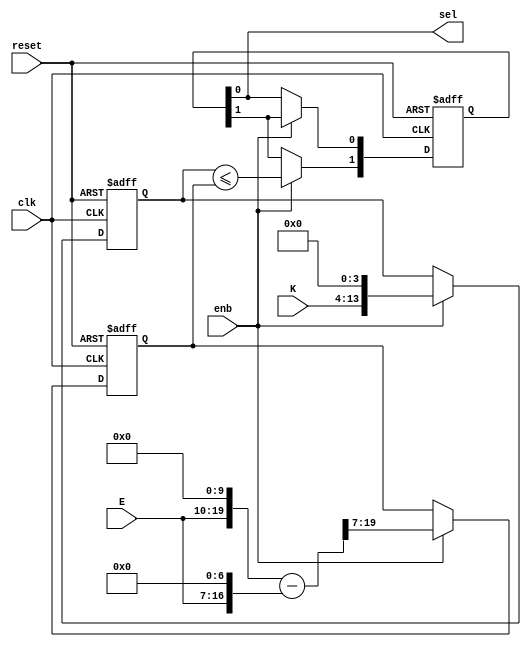
// -------------------------------------------------------------
// 
// 
// Generated by MATLAB 9.8 and HDL Coder 3.16
// 
// -------------------------------------------------------------


// -------------------------------------------------------------
// 
// Module: alpha16
// Source Path: NRPolarEncodeHDL/HDL Algorithm/NR Polar Encoder/configure/shortPunc/K//E<=7//16
// Hierarchy Level: 4
// 
// -------------------------------------------------------------

`timescale 1 ns / 1 ns

module alpha16
          (clk,
           reset,
           enb,
           K,
           E,
           sel);


  input   clk;
  input   reset;
  input   enb;
  input   [9:0] K;  // ufix10
  input   [9:0] E;  // ufix10
  output  sel;


  wire [19:0] Multiply_cast;  // ufix20_En5
  wire [13:0] Multiply_out1;  // ufix14
  reg [13:0] Delay_out1;  // ufix14
  wire [19:0] Multiply1_mul_temp;  // ufix20_En7
  wire [19:0] Multiply1_1;  // ufix20
  wire [12:0] Multiply1_out1;  // ufix13
  reg [12:0] Delay1_out1;  // ufix13
  wire [13:0] Equal_1_1;  // ufix14
  wire Equal_relop1;
  reg  [0:1] Delay2_reg;  // ufix1 [2]
  wire [0:1] Delay2_reg_next;  // ufix1 [2]
  wire Delay2_out1;


  assign Multiply_cast = {1'b0, {K, 9'b000000000}};
  assign Multiply_out1 = Multiply_cast[18:5];



  always @(posedge clk or posedge reset)
    begin : Delay_process
      if (reset == 1'b1) begin
        Delay_out1 <= 14'b00000000000000;
      end
      else begin
        if (enb) begin
          Delay_out1 <= Multiply_out1;
        end
      end
    end



  // CSD Encoding (896) : 1001'0000000; Cost (Adders) = 1
  assign Multiply1_1 = {3'b0, {E, 7'b0000000}};
  assign Multiply1_mul_temp = {E, 10'b0000000000} - Multiply1_1;
  assign Multiply1_out1 = Multiply1_mul_temp[19:7];



  always @(posedge clk or posedge reset)
    begin : Delay1_process
      if (reset == 1'b1) begin
        Delay1_out1 <= 13'b0000000000000;
      end
      else begin
        if (enb) begin
          Delay1_out1 <= Multiply1_out1;
        end
      end
    end



  assign Equal_1_1 = {1'b0, Delay1_out1};
  assign Equal_relop1 = Delay_out1 <= Equal_1_1;



  always @(posedge clk or posedge reset)
    begin : Delay2_process
      if (reset == 1'b1) begin
        Delay2_reg[0] <= 1'b0;
        Delay2_reg[1] <= 1'b0;
      end
      else begin
        if (enb) begin
          Delay2_reg[0] <= Delay2_reg_next[0];
          Delay2_reg[1] <= Delay2_reg_next[1];
        end
      end
    end

  assign Delay2_out1 = Delay2_reg[1];
  assign Delay2_reg_next[0] = Equal_relop1;
  assign Delay2_reg_next[1] = Delay2_reg[0];



  assign sel = Delay2_out1;

endmodule  // alpha16